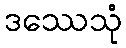
ဒဿေသုံ